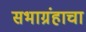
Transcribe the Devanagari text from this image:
सभाग्रंहाचा